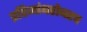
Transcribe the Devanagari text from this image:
प्रतिमांबरोबरच